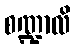
စဏ္ဍာလိ